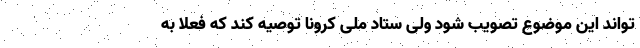
تواند این موضوع تصویب شود ولی ستاد ملی کرونا توصیه کند که فعلا به